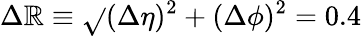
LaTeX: {\Delta\mathbb{R}\equiv\sqrt{}{{(\Delta\eta)^{2}+(\Delta\phi)^{2}}}=0.4}